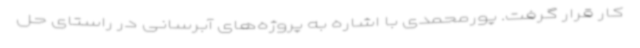
کار قرار گرفت. پورمحمدی با اشاره به پروژه‌های آبرسانی در راستای حل